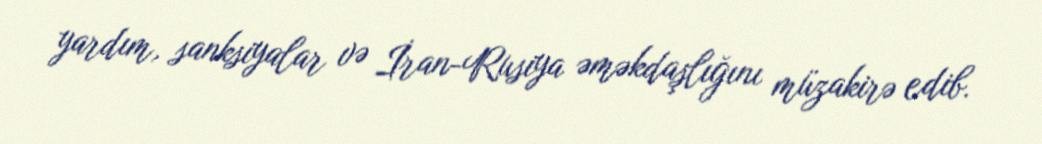
yardım, sanksiyalar və İran-Rusiya əməkdaşlığını müzakirə edib.